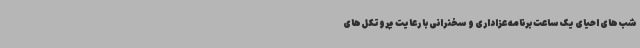
شب‌های احیای یک ساعت برنامه عزاداری و سخنرانی با رعایت پروتکل‌های